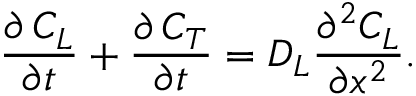
\frac { \partial \, { { C } _ { L } } } { \partial t } + \frac { \partial \, { { C } _ { T } } } { \partial t } = { { D } _ { L } } \frac { { { \partial } ^ { 2 } } { { C } _ { L } } } { \partial { { x } ^ { 2 } } } .